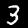
Label: 3